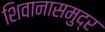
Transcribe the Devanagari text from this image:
शिवानासमुद्र